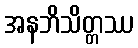
အနဘိသိတ္တဿ